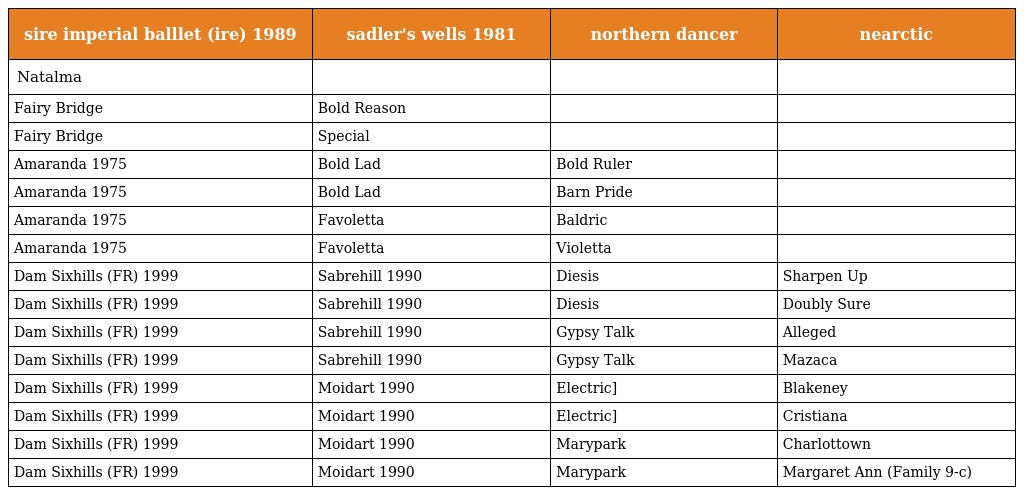
| sire imperial balllet (ire) 1989 | sadler's wells 1981 | northern dancer | nearctic |
 | --- | --- | --- | --- |
 | Natalma |  |  |  |
 | Fairy Bridge | Bold Reason |  |  |
 | Fairy Bridge | Special |  |  |
 | Amaranda 1975 | Bold Lad | Bold Ruler |  |
 | Amaranda 1975 | Bold Lad | Barn Pride |  |
 | Amaranda 1975 | Favoletta | Baldric |  |
 | Amaranda 1975 | Favoletta | Violetta |  |
 | Dam Sixhills (FR) 1999 | Sabrehill 1990 | Diesis | Sharpen Up |
 | Dam Sixhills (FR) 1999 | Sabrehill 1990 | Diesis | Doubly Sure |
 | Dam Sixhills (FR) 1999 | Sabrehill 1990 | Gypsy Talk | Alleged |
 | Dam Sixhills (FR) 1999 | Sabrehill 1990 | Gypsy Talk | Mazaca |
 | Dam Sixhills (FR) 1999 | Moidart 1990 | Electric] | Blakeney |
 | Dam Sixhills (FR) 1999 | Moidart 1990 | Electric] | Cristiana |
 | Dam Sixhills (FR) 1999 | Moidart 1990 | Marypark | Charlottown |
 | Dam Sixhills (FR) 1999 | Moidart 1990 | Marypark | Margaret Ann (Family 9-c) |